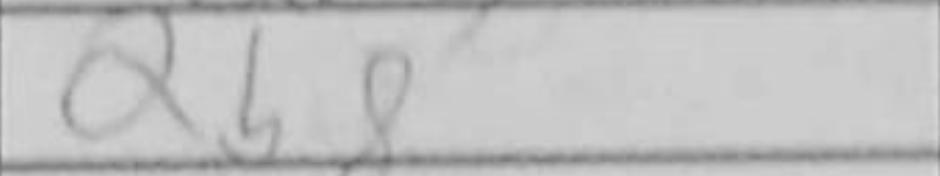
Transcription: Qb8